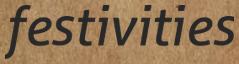
festivities